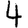
Digit: 4